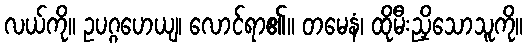
လယ်ကို။ ဥပဂ္ဂဟေယျ၊ လောင်ရာ၏။ တမေနံ၊ ထိုမီးညှိသောသူကို။